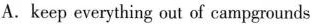
A. keep everything out of campgrounds